Calcutta medical institutions reports 1879-81 [i.e.91]
Year: 1879
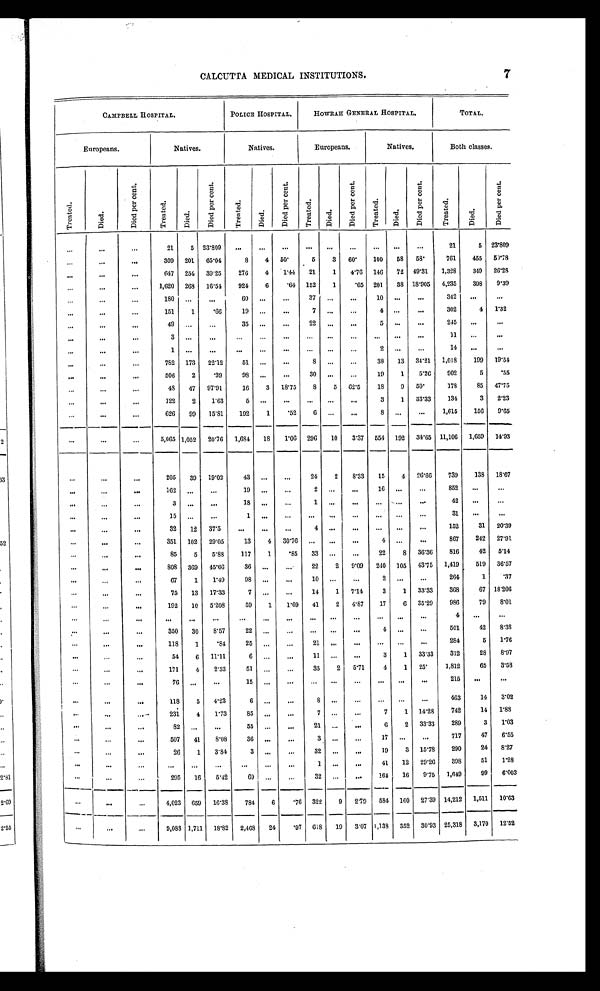
7
CALCUTTA MEDICAL INSTITUTIONS.
CAMPBELL HOSPITAL.
POLICE HOSPITAL.
HOWRAH GENERAL HOSPITAL.
TOTAL.
Europeans.
Natives.
Natives.
Europeans.
Natives.
Both classes.
T r e a t e d .
D i e d .
D i e d p e r c e n t .
T r e a t e d .
D i e d .
D i e d p e r c e n t .
T r e a t e d .
D i e d .
D i e d p e r c e n t .
T r e a t e d .
D i e d .
D i e d p e r c e n t .
T r e a t e d .
D i e d .
D i e d p e r c e n t .
T r e a t e d .
D i e d .
D i e d p e r c e n t .
. . .
. . .
. . .
2 1
5
23.809
. . .
. . . . . .
. . .
. . .. . .
. . .
. . .
. . .
21
5
23.809
. . .
. . .
. . .
309
201
65.04
8
4
50.
5
3
60.
100
58
58.
761
455
50.78
. . .
. . .
. . .
647
254
39.25
276
4
1.44
21
1
4.76
146
72
49.31
1,328
349
26.28
. . .
. . .
. . .
1,620
268
16.54
924
6
. 6 4 152
1
.65
201
38 18.905
4,235
398
9.39
. . .
. . .
. . .
1 8 0
. . .
. . .
60
. . .
. . .
37 . . .
. . .
10
. . .
. . .
342
. . .
. . .
. . .
. . .
. . .
151
1
. 6 6 19
. . .
. . .
7
. . .
. . .
4
. . .
. . .
302
4
1.32
. . .
. . .
. . .
49
. . .
. . .
35
. . .
. . .
22
. . .
. . .
5
. . .
. . .
245
. . .
. . .
. . .
. . .
. . .
3
. . .
. . .
. . .
. . .
. . .
. . .
. . .
. . .
. . .
. . .
. . .
11
. . .
. . .
. . .
. . .
. . .
1
. . .
. . .
. . .
. . .
. . .
. . .
. . .
. . .
2
. . .
. . .
14
. . .
. . .
. . .
. . .
. . .
782
173
22.12
51
. . .
. . .
8
. . .
. . .
38
13
34.21
1,018
199
19.54
. . .
. . .
. . .
506
2
.39
98
. . .
. . .
30
. . .
. . .
19
1
5.26
902
5
.55
. . .
. . .
. . .
48
47
97.91
16
3
18.75
8
5
62.5
18
9
50.
178
85
47.75
. . .
. . .
. . .
122
2
1.63
5
. . .. . .
. . .
. . .
. . .
3
1
33.33
134
3
2.23
. . .
. . .
. . .
626
99
15.81
192
1
.52
6
. . .
. . .
8
. . .
. . .
1,615
156
9.65
. . .
. . .
. . .
5,065 1,052
20.76
1,684
18
1.06
296
10
3.37
554
192
34.65 11,106
1,659
14.93
. . .
. . .
. . .
205
39
19.02
43
. . .
. . .
24
2
8.33
15
4
26.66
739
138
18.67
. . .
. . .
. . .
162
. . .
. . .
19
. . .
. . .
2
. . .
. . .
16
. . .
. . .
852
. . .
. . .
. . .
. . .
. . .
3
. . . . . .
18
. . .
. . .
1
. . .
. . .
. . .
. . .
. . .
42
. . .
. . .
. . .
. . .
. . .
15
. . .
. . .
1
. . .
. . .
. . .
. . .
. . .
. . .
. . .
. . .
31
. . .
. . .
. . .
. . .
. . .
32
12
37.5
. . .
. . .
. . .
4
. . .
. . .
. . .. . .
. . .
152
31
20.39
. . .
. . .
. . .
351
102
29.05
13
4
30.76
. . .
. . .
. . .
4
. . .
. . .
867
242
27.91
. . .
. . .
. . .
85
5
5.88
117
1
.85
33
. . .
. . .
22
8
36.36
816
42
5.14
. . .
. . .
. . .
808
369
45.66
36
. . .
. . .
22
2
9.09
240
105
43.75
1,419
519
36.57
. . .
. . .
. . .
67
1
1.49
98
. . .
. . .
10
. . .
. . .
2
. . . . . .
264
1
.37
. . .
. . .
. . .
75
13
17.33
7
. . .
. . .
14
1
7.14
3
1
33.33
368
67 18.206
. . .
. . .
. . .
192
10
5.208
59
1
1.69
41
2
4.87
17
6
35.29
986
79
8.01
. . .
. . .
. . .
. . .
. . .
. . .
. . .
. . .
. . .
. . .
. . .
. . .
. . .
. . .
. . .
4
. . .
. . .
. . .
. . .
. . .
350
30
8.57
22
. . .
. . .
. . .
. . .. . .
4
. . .
. . .
501
42
8.38
. . .
. . .
. . .
118
1
.84
25
. . .
. . .
2 1
. . .. . .
. . .
. . .. . .
284
5
1 . 7 6
. . .
. . .
. . .
54
6
11.11
6
. . .
. . .
11
. . .
. . .
3
1
33.33
312
28
8.97
. . .
. . .
. . .
171
4
2.33
51
. . .
. . .
35
2
5.71
4
1
25.
1,812
65
3.58
. . .
. . .
. . .
76
. . .
. . .
1 5
. . .
. . .
. . .
. . .
. . .
. . .
. . .. . .
215
. . .
. . .
. . .
. . .
. . .
118
5
4.23
6
. . .
. . .
8
. . .
. . .
. . .
. . .
. . .
463
14
3.02
. . .
. . .
. . .
231
4
1.73
85
. . .
. . .
7
. . .
. . .
7
1
14.28
742
14
1. 88
. . .
. . .
. . .
82
. . .. . .
55
. . .
. . .
21 . . .
. . .
6
2
33.33
289
3
1.03
. . .
. . .
. . .
507
41
8.08
36
. . .
. . .
3
. . .
. . . 17
. . .
. . .
717
47
6.55
. . .
. . .
. . .
26
1
3.84
3
. . .
. . . 32
. . .
. . .
19
3
15.78
290
24
8.27
. . .
. . .
. . .
. . .
. . .
. . .
. . .
. . .
. . .
1
. . .
. . .
41
12
29.26
398
51
1 . 2 8
. . .
. . .
. . .
295
16
5.42
69
. . .
. . .
32
. . .
. . .
164
16
9.75
1,649
99
6.003
. . . . . .
. . .
4,023
6 5 9
16.33
784
6
.76
3 2 2
9
2.79
584
160
27.39 14,212
1,511
10.63
. . .
. . .
. . .
9,088 1,711
18.82
2,468
24
.97
618
19
3.07 1,138
352
30.93 25,318
3,170
12.52